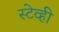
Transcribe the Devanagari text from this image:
स्टेव्ही